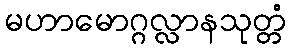
မဟာမောဂ္ဂလ္လာနသုတ္တံ